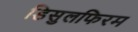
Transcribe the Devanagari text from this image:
डिसुलफिरम